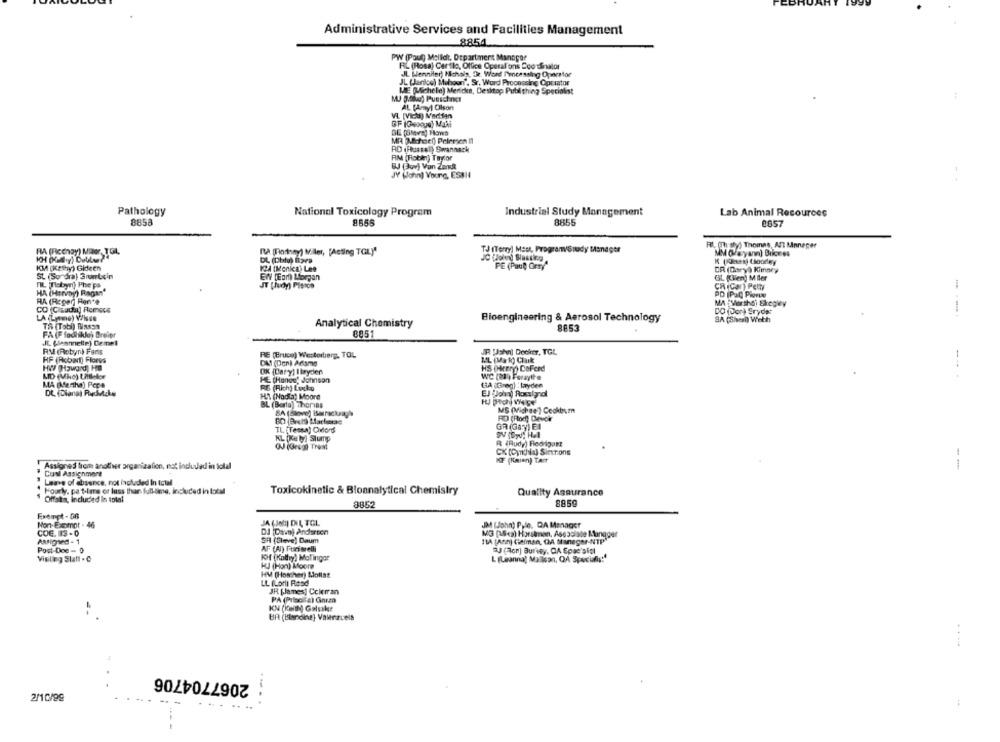
Administrative Services and Facilities Management
8854
PW (Poul) Mollet, Department Manager
RL (Rosa) Certlo, Office Operations ScotSinator
JL Wenniler, Nichols, Dr. Word Processing Operafor
JL (anice) Mohoun", Sr. Word Processing Opciator
ME (Michelle) Mericke, Desktop Publishing Specialist
AL PAmyl Olson
VI [Vicha) Martian
SE (Sleva) Hows
MR chocl) Pelensen 11
AD (Russal) Swannack
AM (Fiobin) Taylor
BJ 3od) Van Zandt
JY Wohn) Young, ESBI
Pathology
National Toxicology Program
Industrial Study Management
Lab Animal Resources
8858
8555
8855
0657
FL. (Thaty) Thomas, Ant Maneper
RA (Ficenay) Miler, TOL,
RA (Hatay) Miler, [Acting TOL)"
TJ (Terry) Matt, Program/Study Manager
MM OFasyann) Bricees
DL (Chiu) Bare
JC Wold) Siassing
KM (Keery) Gideen
KA (Monica) Lee
PE (Paul Grey"
CR (Dary) Kimney
St (So dra) Srumboin
EN TEor) Morgan
GL (ilen) M Aler
FIL Tlebyn) Phe ps
JT [Judy) Planos
CR (Car) Petty
HA (Hiervay) Ragan'
PD IPOC PRIN
RA (Roger] Fen'e
MA :Vortho) Skregkey
CO (Claudia) Romece
DO (or) Gryde:
LA (Lymme) Wisse
Bioengineering & Aerosol Technology
SA (Shesi) Weth
TA (Tob)) Binass
Analytical Chemistry
FA (F fochikke) Dreier
8851
8853
JC. (lesnette) Demet
RM (Robyn) Faris
RE (Bruce) Westerberg, TOL
JR !Jshel Docker, TGL
HF (Robert) Flores
DAS (Den) Adams
ML (Mak) Clark
HW Howard, HO
OK (Dary] I bryder)
HS (Hcerg) DoFeed
MD (Mic) Littleler
we (a1) Feraytte
MA (Martha) Peps
HE (Hones' Johnson
HA (Greg) : layden
DL (Diana) Radice
RS (Rich) Lucko
EJ (John) Rossignol
HI (Nodia) Moore
BL (Borta) Thorins
MS (Michae ) Cooktym
RO (Rod) Devok
TL (Tessa) Oxlord
GR (Gay) EI
KL (Ke byl Slump
OJJ (Gregi Tremt
CX (Cynthia) Sierions
1
KF (Kmen) Tart
Assignes from another organization, not included in total
1
Cual Assignmare
Leave of absence, not included In total
Hourly, pa t-liens or luss thar full-time, included in total
Toxicokinetic & Bioanalytical Chemistry
Quality Assurance
Offst, included in tolni
8852
8859
Exempt - GB
Non-Exempt - 46
JA ( JOEL INA, TOL
JM (John) Pyle, DA Manager
COE. 113 - 0
DJ Dave) Anderson
MG (16c) Horskmen, Associate Manager
Assigned - 1
SA (Sleve) Daum
11A (Art) Gaiman, DA Manager-NTP"
Post-Doe- 0
AF (Al) Furisrelli
2 (or) Buntey. CA Epas sigl
KH (Kathy') Molingar
Visilleg Statt . O
KJ (Hon) Moore
L (Leanna) Malison, QA Specialis:"
HM (Hosther) Mollat
LL ILorli Road
JR (James] Coleman
PA (Priscila) Garza
KN (Keith) Galuskr
BA (Blanding] Valenzuela
2067704706
2/10/99
....